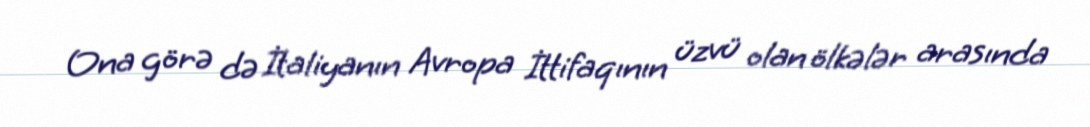
Ona görə də İtaliyanın Avropa İttifaqının üzvü olan ölkələr arasında